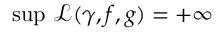
{ \operatorname* { s u p } } \ \mathcal { L } ( \gamma , f , g ) = + \infty